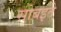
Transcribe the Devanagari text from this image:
सोबइते